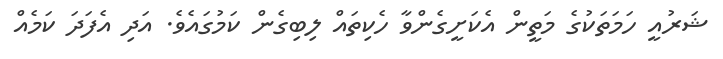
ޝަރުއީ ހަމަތަކުގެ މަތީން އެކަށީގެންވާ ހެކިތައް ލިބިގެން ކަމުގައެވެ. އަދި އެފަދަ ކަމެއް